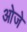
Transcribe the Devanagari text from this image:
ओजे